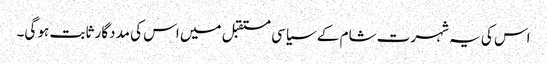
اس کی یہ شہرت شام کے سیاسی مستقبل میں اس کی مددگار ثابت ہو گی۔